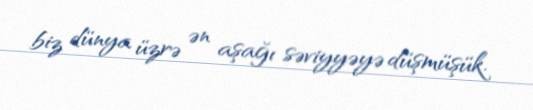
biz dünya üzrə ən aşağı səviyyəyə düşmüşük.